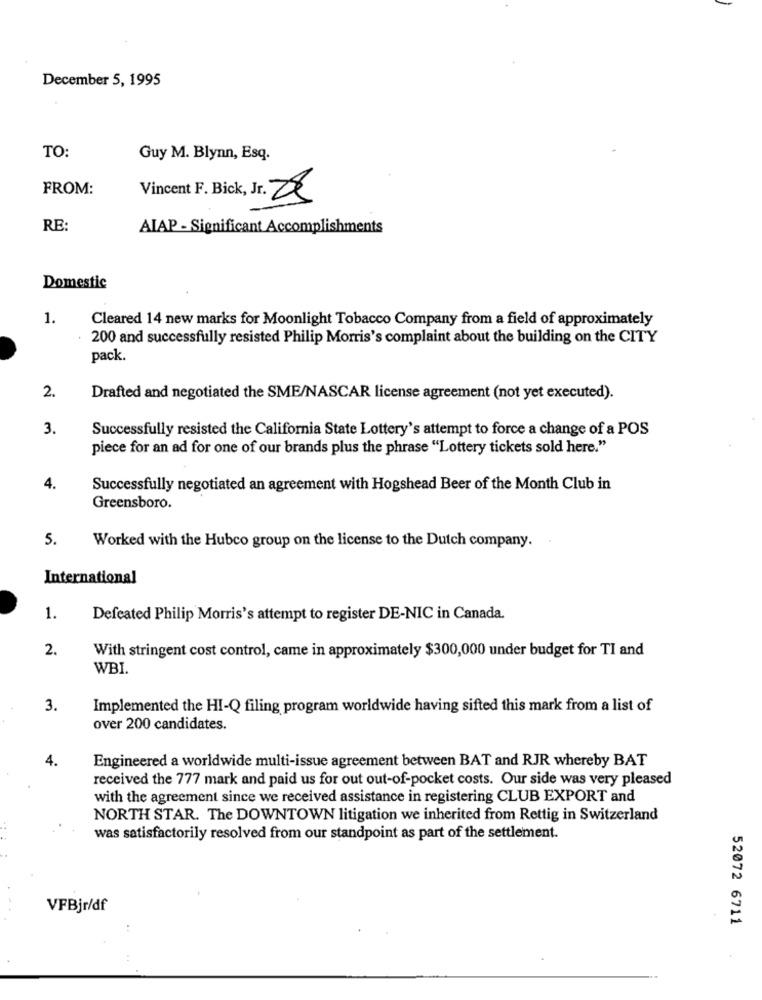
December 5, 1995
TO:
Guy M. Blynn, Esq.
FROM:
Vincent F. Bick, Jr. 28
RE:
ALAP - Significant Accomplishments
Domestic
1.
Cleared 14 new marks for Moonlight Tobacco Company from a field of approximately
200 and successfully resisted Philip Morris's complaint about the building on the CITY
pack.
2.
Drafted and negotiated the SME/NASCAR license agreement (not yet executed).
3.
Successfully resisted the California State Lottery's attempt to force a change of a POS
piece for an ad for one of our brands plus the phrase "Lottery tickets sold here."
4.
Successfully negotiated an agreement with Hogshead Beer of the Month Club in
Greensboro.
5.
Worked with the Hubco group on the license to the Dutch company.
International
1.
Defeated Philip Morris's attempt to register DE-NIC in Canada.
2.
With stringent cost control, came in approximately $300,000 under budget for TI and
WBI.
3.
Implemented the HI-Q filing program worldwide having sifted this mark from a list of
over 200 candidates.
4.
Engineered a worldwide multi-issue agreement between BAT and RJR whereby BAT
received the 777 mark and paid us for out out-of-pocket costs. Our side was very pleased
with the agreement since we received assistance in registering CLUB EXPORT and
NORTH STAR. The DOWNTOWN litigation we inherited from Rettig in Switzerland
was satisfactorily resolved from our standpoint as part of the settlement.
VFBjr/df
52072 6711
..